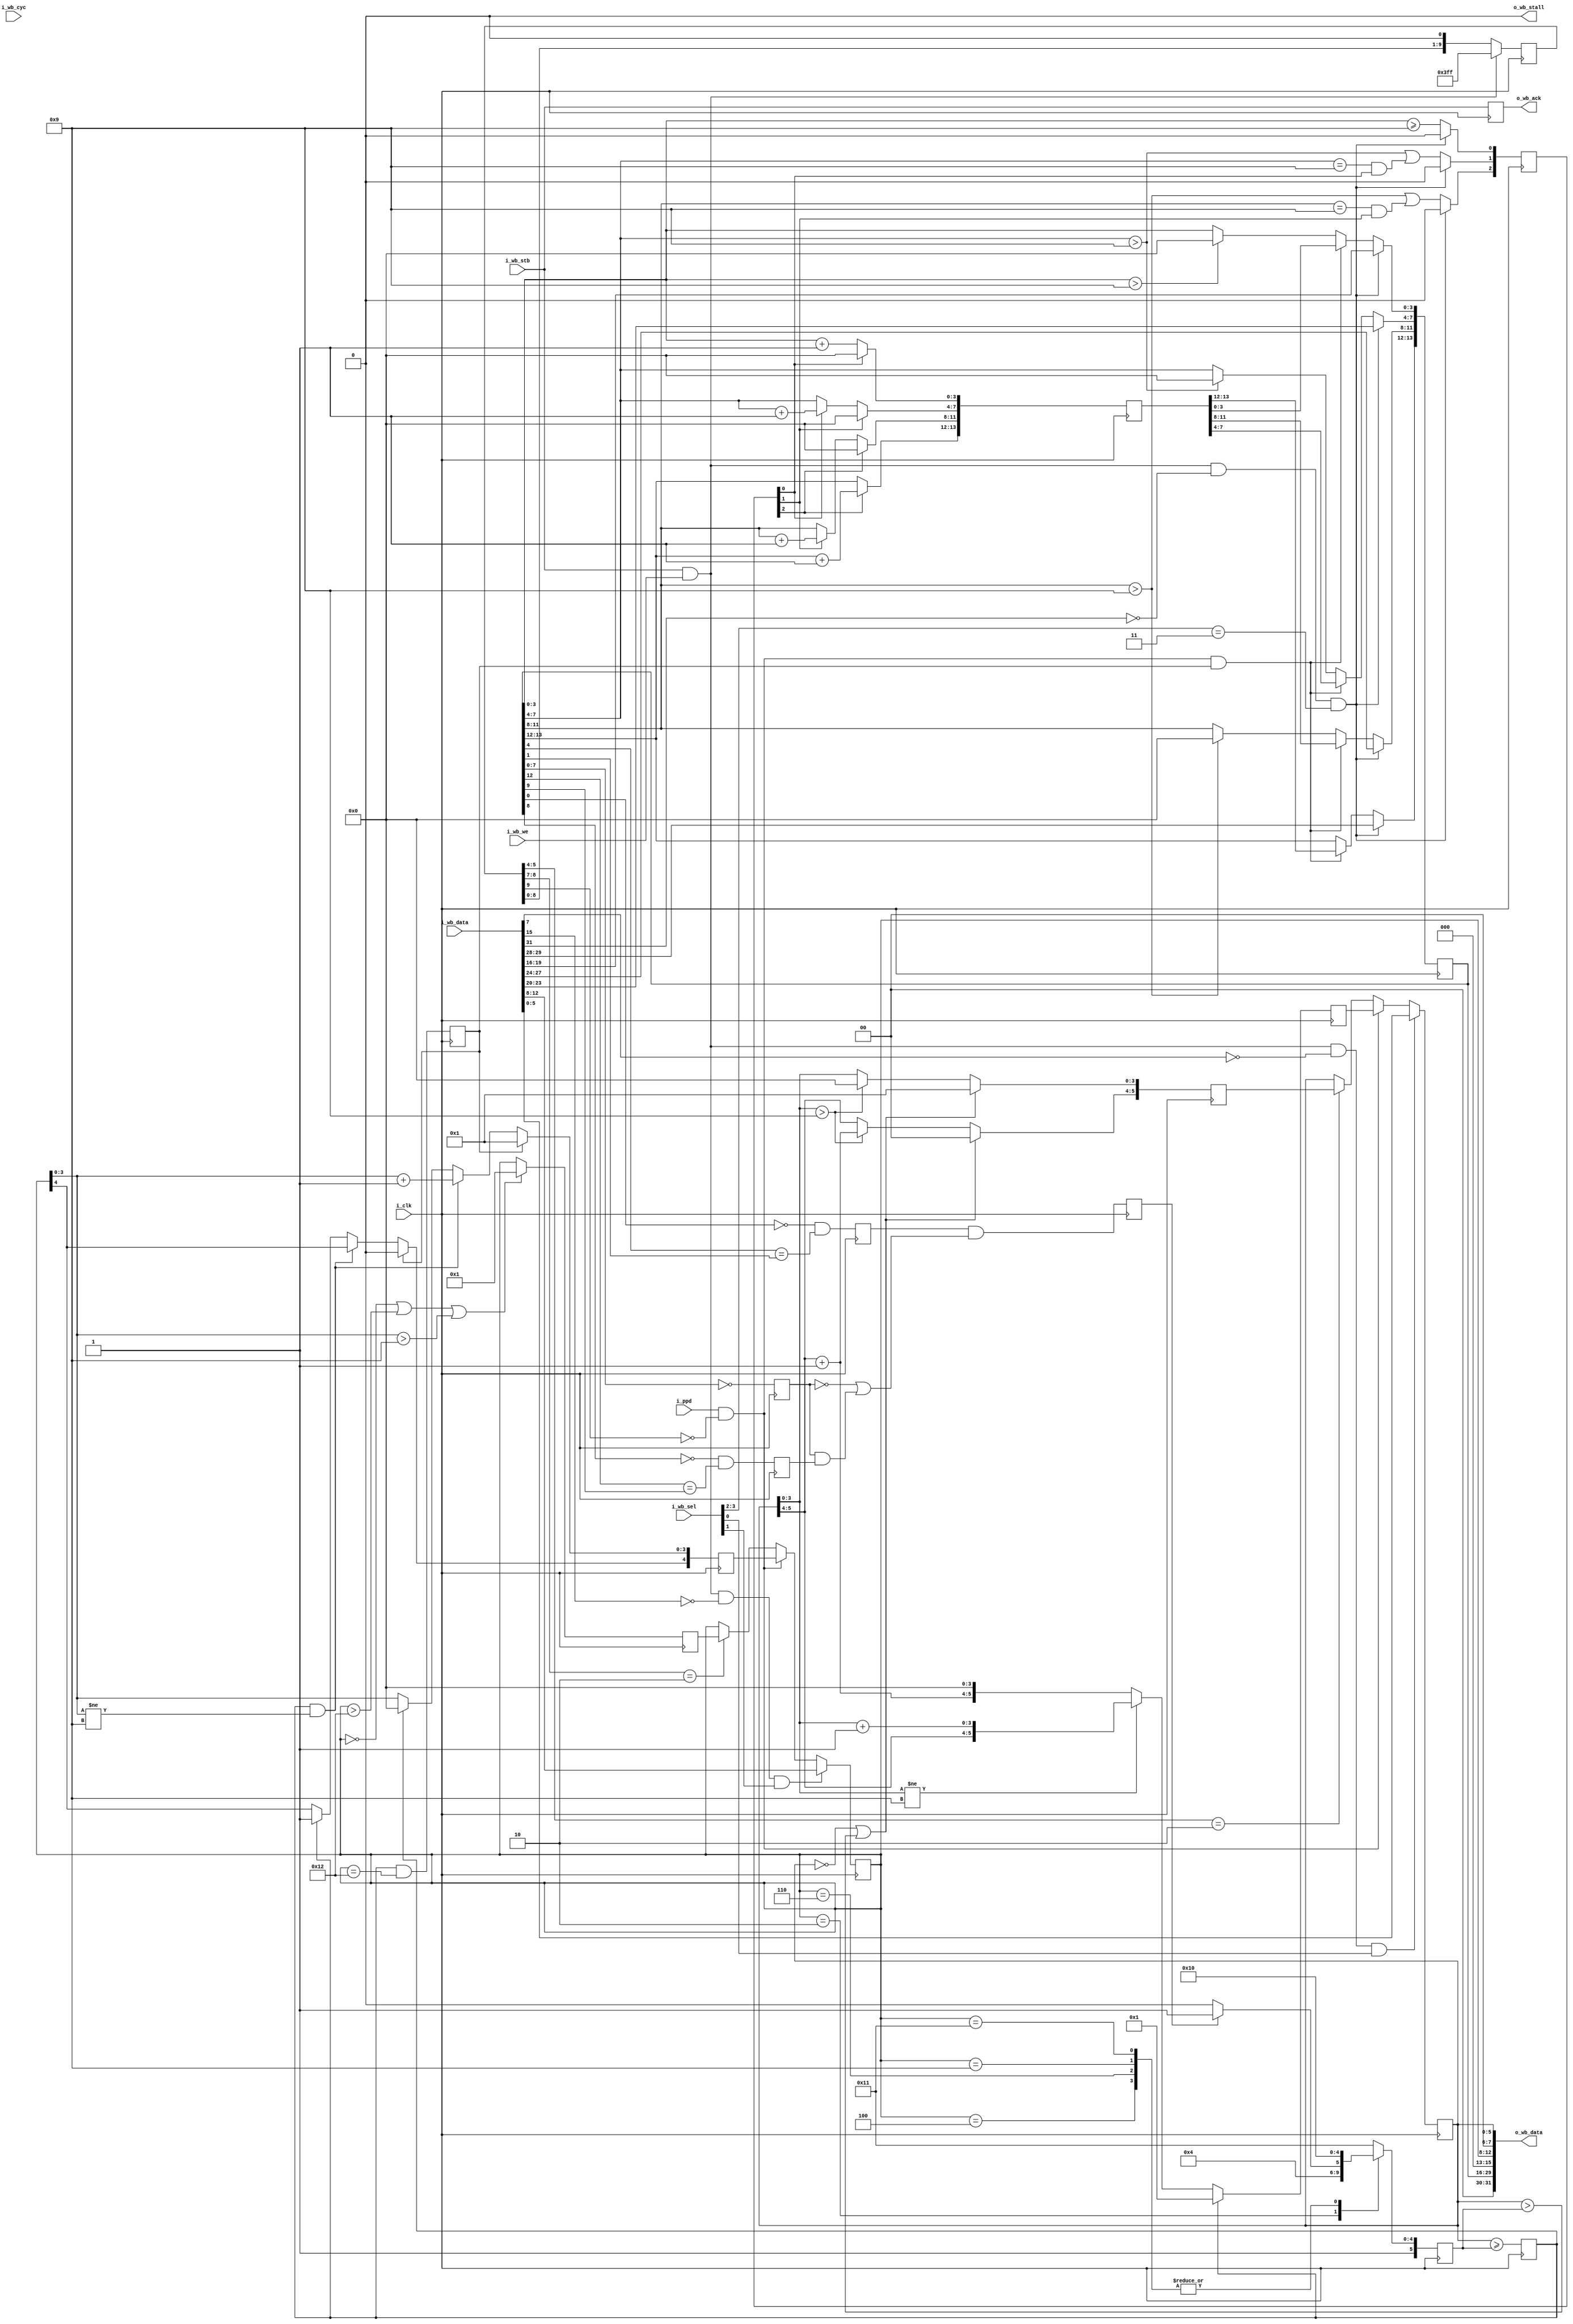
////////////////////////////////////////////////////////////////////////////////
//
//
// Project:	A Wishbone Controlled Real--time Clock Core
//
// Purpose:
//	This core provides a real-time date function that can be coupled with
//	a real-time clock.  The date provided is in Binary Coded Decimal (bcd)
//	form, and available for reading and writing over the Wishbone Bus.
//
// WARNING: Race conditions exist when updating the date across the Wishbone
//	bus at or near midnight.  (This should be obvious, but it bears
//	stating.)  Specifically, if the update command shows up at the same
//	clock as the ppd clock, then the ppd clock will be ignored and the
//	new date will be the date of the day following midnight.  However,
// 	if the update command shows up one clock before the ppd, then the date
//	may be updated, but may have problems dealing with the last day of the
//	month or year.  To avoid race conditions, update the date sometime
//	after the stroke of midnight and before 5 clocks before the next
// 	midnight.  If you are concerned that you might hit a race condition,
//	just read the clock again (5+ clocks later) to make certain you set
//	it correctly.
//
//
// Creator:	Dan Gisselquist, Ph.D.
//		Gisselquist Technology, LLC
//
////////////////////////////////////////////////////////////////////////////////
//
// Copyright (C) 2015-2020, Gisselquist Technology, LLC
//
// This program is free software (firmware): you can redistribute it and/or
// modify it under the terms of  the GNU General Public License as published
// by the Free Software Foundation, either version 3 of the License, or (at
// your option) any later version.
//
// This program is distributed in the hope that it will be useful, but WITHOUT
// ANY WARRANTY; without even the implied warranty of MERCHANTIBILITY or
// FITNESS FOR A PARTICULAR PURPOSE.  See the GNU General Public License
// for more details.
//
// You should have received a copy of the GNU General Public License along
// with this program.  (It's in the $(ROOT)/doc directory.  Run make with no
// target there if the PDF file isn't present.)  If not, see
// <http://www.gnu.org/licenses/> for a copy.
//
// License:	GPL, v3, as defined and found on www.gnu.org,
//		http://www.gnu.org/licenses/gpl.html
//
//
////////////////////////////////////////////////////////////////////////////////
//
//
`default_nettype	none
//
module rtcdate(i_clk, i_ppd, i_wb_cyc, i_wb_stb, i_wb_we, i_wb_data, i_wb_sel,
		o_wb_stall, o_wb_ack, o_wb_data);
	input	wire		i_clk;
	// A one part per day signal, i.e. basically a clock enable line that
	// controls when the beginning of the day happens.  This line should
	// be high on the very last second of any day in order for the rtcdate
	// module to always have the right date.
	input	wire		i_ppd;
	// Wishbone inputs
	input	wire		i_wb_cyc, i_wb_stb, i_wb_we;
	input	wire	[31:0]	i_wb_data;
	input	wire	[3:0]	i_wb_sel;
	// Wishbone outputs
	output	wire		o_wb_stall;
	output	reg		o_wb_ack;
	output	wire	[31:0]	o_wb_data;

	wire		update;
	reg	[9:0]	r_block_updates;
	reg	[5:0]	r_day;
	reg	[4:0]	r_mon;
	reg	[13:0]	r_year;

	reg		last_day_of_month, last_day_of_year, is_leap_year;
	reg	[5:0]	days_per_month;
	reg		year_divisible_by_four, century_year, four_century_year;
	reg	[5:0]	next_day, fixd_day;
	reg	[4:0]	next_mon, fixd_mon;
	reg	[13:0]	next_year;
	reg	[2:0]	next_year_c;

	initial	r_block_updates = 10'h3ff;
	always @(posedge i_clk)
	if ((i_wb_we)&&(i_wb_stb))
		r_block_updates <= 10'h3ff;
	else
		r_block_updates <= { r_block_updates[8:0], 1'b0 };

	assign	update = (i_ppd)&&(!r_block_updates[9]);


	initial	days_per_month = 6'h31; // Remember, this is BCD
	always @(posedge i_clk)
	begin // Clock 3
		case(r_mon)
		5'h01: days_per_month <= 6'h31; // Jan
		5'h02: days_per_month <= (is_leap_year)? 6'h29:6'h28;
		5'h03: days_per_month <= 6'h31; // March
		5'h04: days_per_month <= 6'h30; // April
		5'h05: days_per_month <= 6'h31; // May
		5'h06: days_per_month <= 6'h30; // June
		5'h07: days_per_month <= 6'h31; // July
		5'h08: days_per_month <= 6'h31; // August
		5'h09: days_per_month <= 6'h30; // Sept
		5'h10: days_per_month <= 6'h31; // October
		5'h11: days_per_month <= 6'h30; // November
		5'h12: days_per_month <= 6'h31; // December
		default: days_per_month <= 6'h31; // Invalid month
		endcase
	end

	//
	// Years
	//

	initial	last_day_of_month = 1'b0;
	always @(posedge i_clk) // Clock 4
		last_day_of_month <= (r_day >= days_per_month);

	initial	last_day_of_year = 1'b0;
	always @(posedge i_clk) // Clock 5
		last_day_of_year <= (last_day_of_month) && (r_mon == 5'h12);


	initial	year_divisible_by_four = 1'b0;
	always @(posedge i_clk) // Clock 1
		year_divisible_by_four<= ((!r_year[0])&&(r_year[4]==r_year[1]));

	initial	century_year      = 1'b0;
	always @(posedge i_clk) // Clock 1
		century_year <= (r_year[7:0] == 8'h00);

	initial	four_century_year = 1'b0;
	always @(posedge i_clk) // Clock 1
		four_century_year <= ((!r_year[8])&&((r_year[12]==r_year[9])));

	initial	is_leap_year      = 1'b0;
	always @(posedge i_clk) // Clock 2
		is_leap_year <= (year_divisible_by_four)&&((!century_year)
			||((century_year)&&(four_century_year)));

	//
	// Days
	//

	// Adjust the day of month
	initial	next_day = 6'h01;
	always @(posedge i_clk)
	if (last_day_of_month)
		next_day <= 6'h01;
	else if (r_day[3:0] != 4'h9)
		next_day <= { r_day[5:4], (r_day[3:0]+4'h1) };
	else
		next_day <= { (r_day[5:4]+2'h1), 4'h0 };

	initial	fixd_day = 6'h01;
	always @(posedge i_clk)
	if ((r_day == 0)||(r_day > days_per_month))
		fixd_day <= 6'h01;
	else if (r_day[3:0] > 4'h9)
	begin
		fixd_day[3:0] <= 4'h0;
		fixd_day[5:4] <= r_day[5:4] + 1'b1;
	end else
		fixd_day <= r_day;


	initial	r_day = 6'h01;
	always @(posedge i_clk)
	begin // Depends upon 9 inputs
		if (update)
			r_day <= next_day;
		else if (r_block_updates[5:4] == 2'b10)
			r_day <= fixd_day;

		if ((i_wb_stb)&&(i_wb_we)&&(!i_wb_data[7])&&(i_wb_sel[0]))
			r_day <= i_wb_data[5:0];
	end

	//
	// Months
	//

	// Adjust the month of the year
	initial	next_mon = 5'h01;
	always @(posedge i_clk)
	if (last_day_of_year)
		next_mon <= 5'h01;
	else if ((last_day_of_month)&&(r_mon[3:0] != 4'h9))
		next_mon <= { r_mon[4], (r_mon[3:0] + 4'h1) };
	else if (last_day_of_month)
	begin
		next_mon[3:0] <= 4'h0;
		next_mon[4] <= 1;
	end else
		next_mon <= r_mon;

	initial	fixd_mon = 5'h01;
	always @(posedge i_clk)
		if ((r_mon == 0)||(r_mon > 5'h12)||(r_mon[3:0] > 4'h9))
			fixd_mon <= 5'h01;
		else
			fixd_mon <= r_mon;
	initial	r_mon = 5'h01;
	always @(posedge i_clk)
	begin // Depeds upon 9 inputs
		if (update)
			r_mon <= next_mon;
		else if (r_block_updates[8:7] == 2'b10)
			r_mon <= fixd_mon;

		if ((i_wb_stb)&&(i_wb_we)&&(!i_wb_data[15])&&(i_wb_sel[1]))
			r_mon <= i_wb_data[12:8];
	end

	//
	// Years (again)
	//

	// Adjust the year
	initial	next_year   = 14'h2000;
	initial	next_year_c = 0;
	always @(posedge i_clk)
	begin // Takes 5 clocks to propagate
		next_year_c[0] <= (r_year[ 3: 0]>=4'h9);
		next_year_c[1] <= (r_year[ 7: 4]>4'h9)||((r_year[ 7: 4]==4'h9)&&(next_year_c[0]));
		next_year_c[2] <= (r_year[11: 8]>4'h9)||((r_year[11: 8]==4'h9)&&(next_year_c[1]));
		next_year[ 3: 0] <= (next_year_c[0])? 4'h0:(r_year[ 3: 0]+4'h1);
		next_year[ 7: 4] <= (next_year_c[1])? 4'h0:
					(next_year_c[0])?(r_year[ 7: 4]+4'h1)
					: (r_year[7:4]);
		next_year[11: 8] <= (next_year_c[2])? 4'h0:
					(next_year_c[1])?(r_year[11: 8]+4'h1)
					: (r_year[11: 8]);
		next_year[13:12] <= (next_year_c[2])?(r_year[13:12]+2'h1):r_year[13:12];


		if ((i_wb_stb)&&(i_wb_we)&&(!i_wb_data[31])
				&&(i_wb_sel[3:2]==2'b11))
			next_year_c <= 3'h0;
	end

	initial	r_year = 14'h2000;
	always @(posedge i_clk)
	begin // 11 inputs
		// Deal with any out of bounds conditions
		if (r_year[3:0] > 4'h9)
			r_year[3:0] <= 4'h0;
		if (r_year[7:4] > 4'h9)
			r_year[7:4] <= 4'h0;
		if (r_year[11:8] > 4'h9)
			r_year[11:8] <= 4'h0;
		if ((update)&&(last_day_of_year))
			r_year <= next_year;

		if ((i_wb_stb)&&(i_wb_we)&&(!i_wb_data[31])
				&&(i_wb_sel[3:2]==2'b11))
			r_year <= i_wb_data[29:16];
	end

	//
	// Bus returns
	//

	initial	o_wb_ack = 0;
	always @(posedge i_clk)
		o_wb_ack <= (i_wb_stb);

	assign	o_wb_stall = 1'b0;
	assign	o_wb_data = { 2'h0, r_year, 3'h0, r_mon, 2'h0, r_day };

	// Make Verilator happy
	// verilator lint_off UNUSED
	wire	unused;
	assign	unused = &{ 1'b0, i_wb_cyc, i_wb_data[30], i_wb_data[14:13], i_wb_data[6] };
	// verilator lint_on  UNUSED

`ifdef	FORMAL
// Formal properties for this core are maintained elsewhere
`endif
endmodule